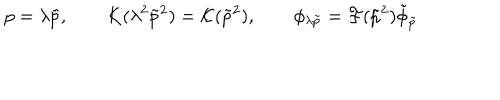
p = \lambda \tilde { p } , \qquad K ( \lambda ^ { 2 } \tilde { p } ^ { 2 } ) = { \cal K } ( \tilde { p } ^ { 2 } ) , \qquad \phi _ { \lambda \tilde { p } } = { \cal F } ( \tilde { p } ^ { 2 } ) \tilde { \phi } _ { \tilde { p } }